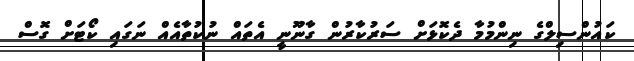
ކައުންސިލްގެ ނިންމުމާ ދެކޮޅަށް ސަރުކާރުން ގާނޫނީ އެތައް ނުކުތާއެއް ނަގައި ކޯޓަށް ގޮސް